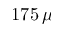
1 7 5 \, \mu